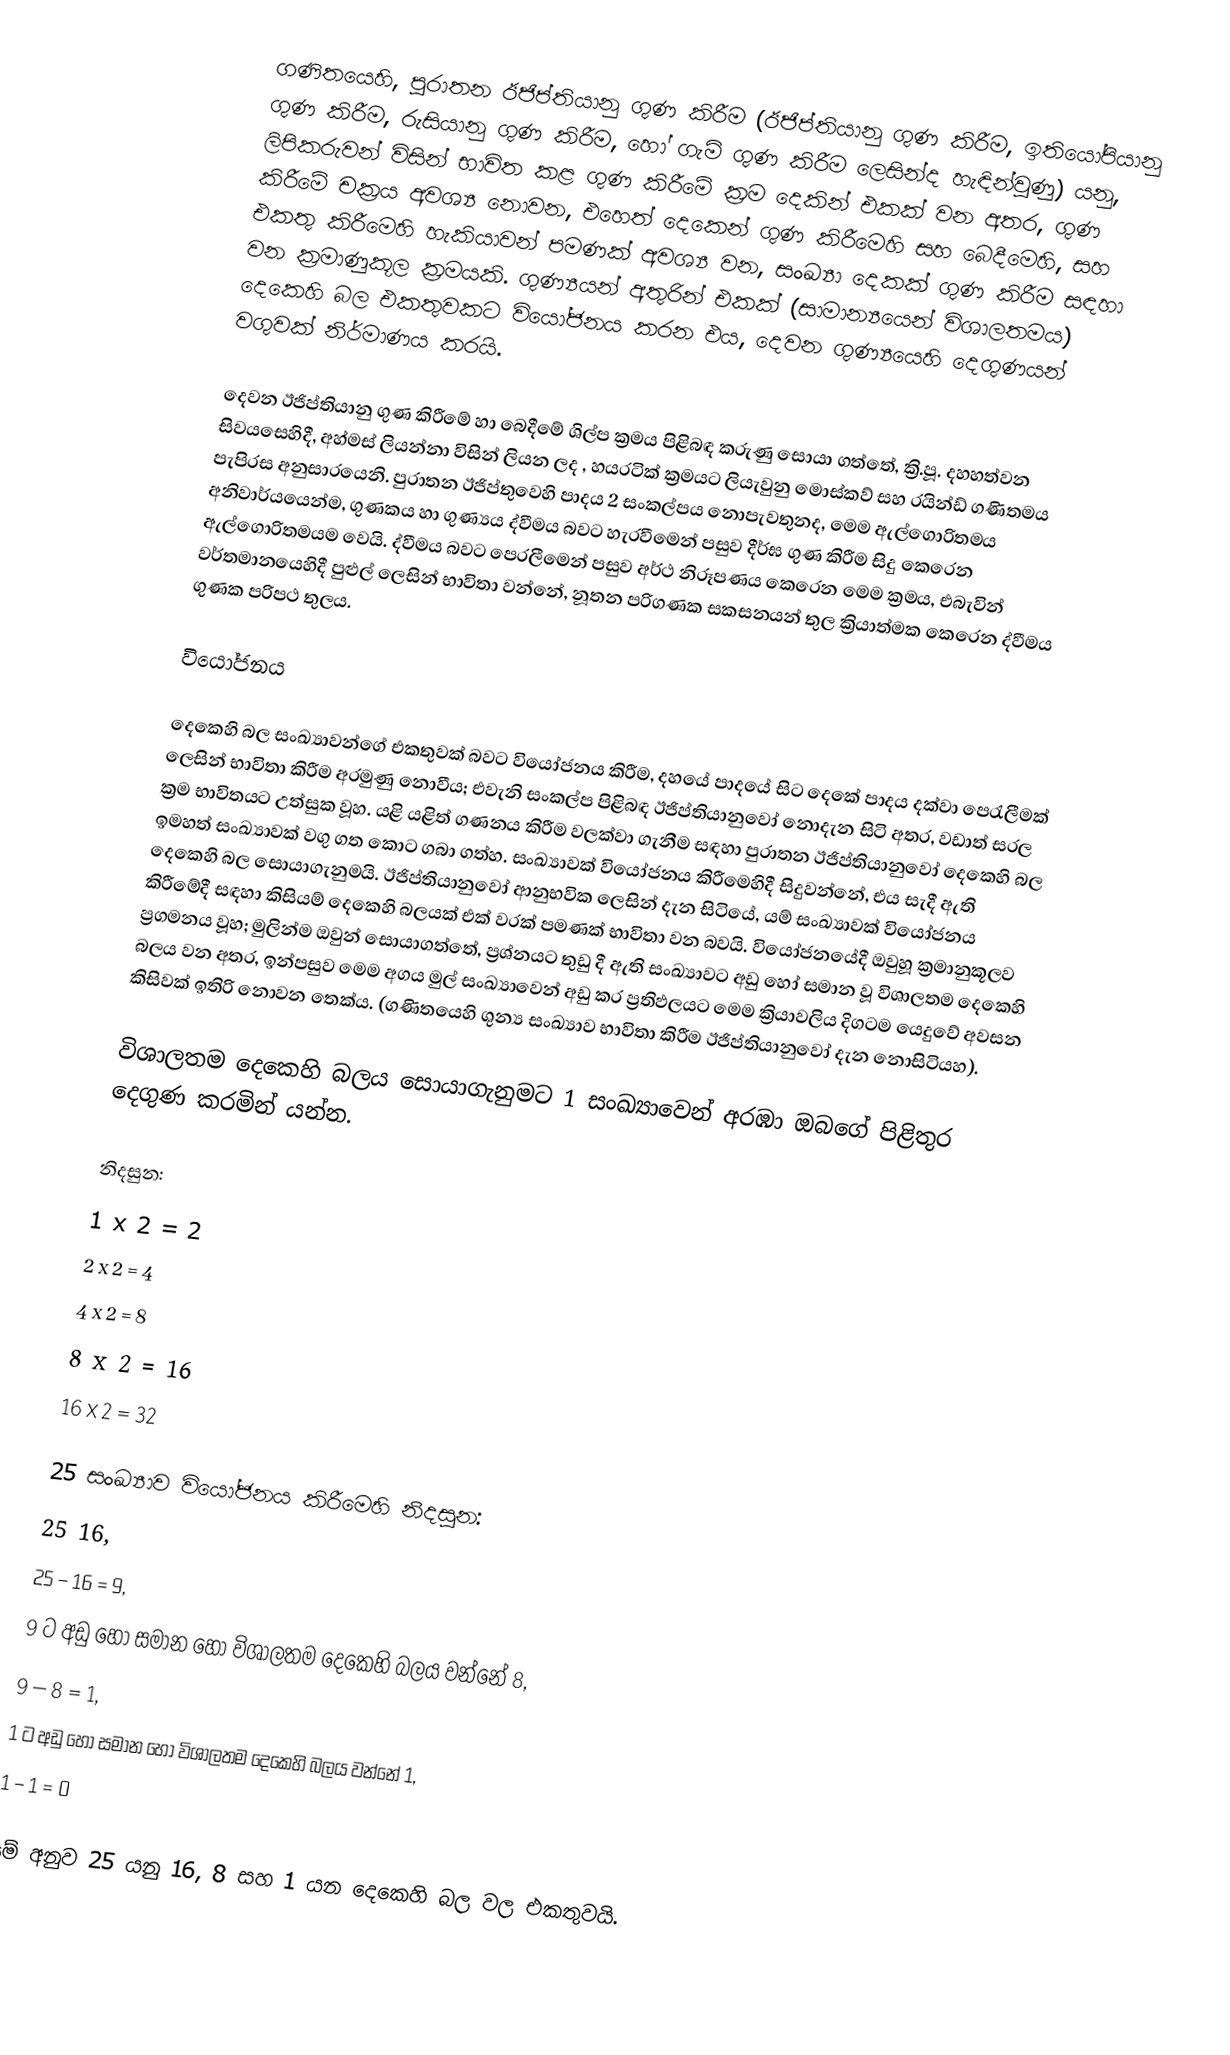
ගණිතයෙහි, පුරාතන ඊජිප්තියානු ගුණ කිරීම (ඊජිප්තියානු ගුණ කිරීම, ඉතියෝපියානු ගුණ කිරීම, රුසියානු ගුණ කිරීම, හෝ  ගැමි ගුණ කිරීම ලෙසින්ද හැඳින්වුණු) යනු, ලිපිකරුවන් විසින් භාවිත කළ ගුණ කිරීමේ ක්‍රම දෙකින් එකක් වන අතර, ගුණ කිරීමේ චක්‍රය අවශ්‍ය නොවන, එහෙත් දෙකෙන් ගුණ කිරීමෙහි සහ බෙදීමෙහි, සහ  එකතු කිරීමෙහි හැකියාවන් පමණක් අවශ්‍ය වන, සංඛ්‍යා දෙකක් ගුණ කිරීම සඳහා වන ක්‍රමාණුකූල ක්‍රමයකි. ගුණ්‍යයන්  අතුරින් එකක් (සාමාන්‍යයෙන්  විශාලතමය)  දෙකෙහි බල එකතුවකට  වියෝජනය කරන එය,  දෙවන ගුණ්‍යයෙහි දෙගුණයන් වගුවක් නිර්මාණය කරයි.

දෙවන  ඊජිප්තියානු ගුණ කිරීමේ හා බෙදීමේ ශිල්ප ක්‍රමය පිළිබඳ කරුණු සොයා ගත්තේ,   ක්‍රි.පූ. දහහත්වන සිවයසෙහිදී, අහ්මස් ලියන්නා විසින් ලියන ලද , හයරටික් ක්‍රමයට ලියැවුනු මොස්කව් සහ රයින්ඩ්  ගණිතමය පැපිරස අනුසාරයෙනි. පුරාතන ඊජිප්තුවෙහි පාදය 2 සංකල්පය නොපැවතුනද,  මෙම ඇල්ගොරිතමය අනිවාර්යයෙන්ම, ගුණකය හා ගුණ්‍යය ද්වීමය බවට හැරවීමෙන්  පසුව දීර්ඝ ගුණ කිරීම සිදු කෙරෙන ඇල්ගොරිතමයම වෙයි. ද්වීමය බවට පෙරලීමෙන් පසුව අර්ථ නිරූපණය කෙරෙන මෙම ක්‍රමය, එබැවින් වර්තමානයෙහිදී පුළුල් ලෙසින් භාවිතා වන්නේ, නූතන පරිගණක සකසනයන් තුල ක්‍රියාත්මක කෙරෙන  ද්වීමය ගුණක පරිපථ තුලය.

වියෝජනය

දෙකෙහි බල සංඛ්‍යාවන්ගේ එකතුවක් බවට වියෝජනය කිරීම, දහයේ පාදයේ සිට දෙකේ පාදය දක්වා පෙරැලීමක් ලෙසින් භාවිතා කිරීම අරමුණු නොවීය; එවැනි සංකල්ප පිළිබඳ  ඊජිප්තියානුවෝ නොදැන සිටි අතර, වඩාත් සරල ක්‍රම භාවිතයට උත්සුක වූහ. යළි යළිත් ගණනය කිරීම වලක්වා ගැනීම සඳහා පුරාතන ඊජිප්තියානුවෝ දෙකෙහි බල ඉමහත් සංඛ්‍යාවක් වගු ගත කොට ගබා ගත්හ. සංඛ්‍යාවක් වියෝජනය කිරීමෙහිදී සිදුවන්නේ, එය සැදී ඇති දෙකෙහි බල සොයාගැනුමයි. ඊජිප්තියානුවෝ ආනුභවික ලෙසින් දැන සිටියේ, යම් සංඛ්‍යාවක් වියෝජනය කිරීමේදී සඳහා කිසියම් දෙකෙහි බලයක් එක් වරක් පමණක් භාවිතා වන බවයි. වියෝජනයේදී ඔවුහූ ක්‍රමානුකූලව ප්‍රගමනය වූහ; මුලින්ම ඔවුන් සොයාගත්තේ, ප්‍රශ්නයට තුඩු දී ඇති සංඛ්‍යාවට අඩු හෝ සමාන වූ විශාලතම දෙකෙහි බලය වන අතර, ඉන්පසුව මෙම අගය මුල් සංඛ්‍යාවෙන් අඩු කර ප්‍රතිඵලයට මෙම ක්‍රියාවලිය දිගටම යෙදුවේ අවසන කිසිවක් ඉතිරි නොවන තෙක්ය. (ගණිතයෙහි ශුන්‍ය සංඛ්‍යාව භාවිතා කිරීම ඊජිප්තියානුවෝ දැන නොසිටියහ).

විශාලතම දෙකෙහි බලය සොයාගැනුමට 1 සංඛ්‍යාවෙන් අරඹා ඔබගේ පිළිතුර දෙගුණ කරමින් යන්න.

නිදසුන:
 1 x 2 = 2
 2 x 2 = 4
 4 x 2 = 8
 8 x 2 = 16
 16 x 2 = 32

25 සංඛ්‍යාව වියෝජනය කිරීමෙහි නිදසුන:
 25 16,
 25 – 16 = 9,
 9 ට අඩු හෝ සමාන හෝ විශාලතම දෙකෙහි බලය වන්නේ 8,
 9 – 8 = 1,
 1 ට අඩු හෝ සමාන හෝ විශාලතම දෙකෙහි බලය වන්නේ 1,
 1 – 1 = 0

මේ අනුව 25 යනු  16, 8 සහ  1 යන දෙකෙහි බල වල එකතුවයි.